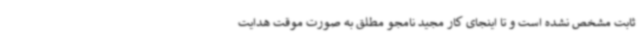
ثابت مشخص نشده است و تا اینجای کار مجید نامجو مطلق به صورت موقت هدایت